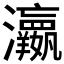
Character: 𱪙